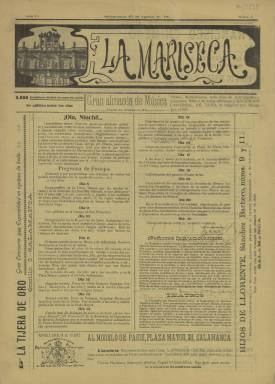
Título: La Mariseca (Salamanca)
Colección: Periódicos
Ámbito geográfico: Salamanca
Lugar de publicación: Salamanca
Fechas: 25/08/1907-25/08/1907

La Biblioteca Nacional de España solo posee un número de este periódico de anuncios que se editaba diariamente y que comenzó su andadura a principios del siglo XX. Recibe su nombre de un símbolo que anuncia la feria de septiembre de Salamanca: un toro de hojalata junto a la bandera española en lo alto de la espadaña del Ayuntamiento, en la plaza Mayor de la ciudad.

   La Mariseca se coloca tradicionalmente el 25 de julio, 45 días antes del inicio de la feria. Este símbolo se remonta al siglo XV, aunque no se sabe por qué recibe ese nombre. Antes de ser un toro de hojalata, costumbre que data de mediados del siglo XIX, era un pelele lo que se colocaba en lo alto del Ayuntamiento. El toro alude a las próximas corridas de la feria de septiembre.

El periódico, de cuatro páginas, anunciaba no solo los festejos taurinos sino también otras actividades incluidas en el programa de la feria. En el número que posee la BNE, de agosto de 1907, se puede ver en la portada la información sobre las corridas, así como de conciertos de música, actuaciones teatrales, exposiciones de arte y un arte entonces muy reciente, el cine. Se anuncian proyecciones en el Campo de San Francisco.

    En la cabecera, junto al título, se incluía una pequeña foto de la fachada del Ayuntamiento con la espadaña donde se colocaba la Mariseca. Salvo la información del programa festivo de septiembre, las páginas del periódico estaban llenas de publicidad, que era la razón de ser de la publicación. Se distribuía gratuitamente y los anuncios proporcionaban la financiación para los gastos de composición e impresión.

Para convencer a los anunciantes del impacto de su publicidad, los editores aseguraban que se tiraban diariamente 2.000 ejemplares, una cantidad grande para la época en una ciudad de provincias. Además, invitaban a todo el que quisiera a que se pasara por la imprenta Viuda de Guervós, donde se imprimía la publicación, para comprobar que era ése el número de ejemplares antes de su distribución.

[Descripción publicada el 15/02/2023]